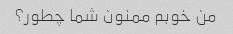
من خوبم ممنون شما چطور؟